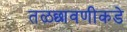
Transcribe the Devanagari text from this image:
तळछावणीकडे